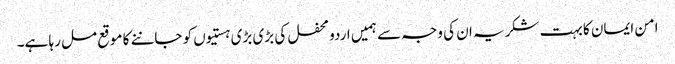
امن ایمان کا بہت شکریہ ان کی وجہ سے ہمیں اردو محفل کی بڑی بڑی ہستیوں کو جاننے کا موقع مل رہا ہے۔